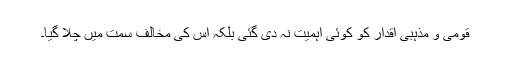
قومی و مذہبی اقدار کو کوئی اہمیت نہ دی گئی بلکہ اس کی مخالف سمت میں چلا گیا۔